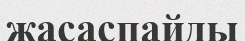
жасаспайды